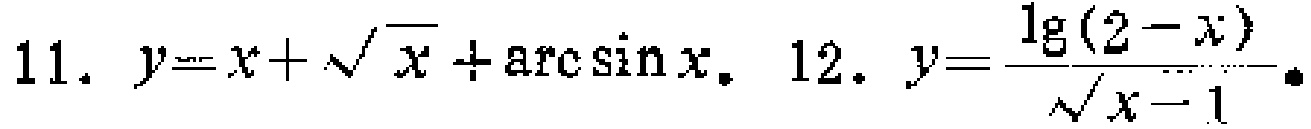
11. \(y = x+\sqrt{x}+\arcsin x\). 12. \(y=\frac{\lg(2 - x)}{\sqrt{x - 1}}\).